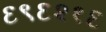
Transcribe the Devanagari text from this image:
६९६२१६